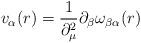
LaTeX: \begin{align*}v_{\alpha}(r) =\frac{1}{\partial_{\mu}^{2}}\partial_{\beta} \omega_{\beta \alpha}(r)\end{align*}